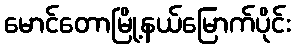
မောင်တောမြို့နယ်မြောက်ပိုင်း